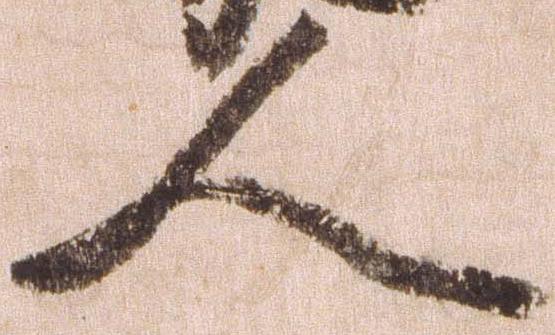
人